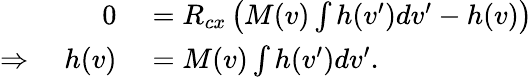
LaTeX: \begin{array}{rl}{0}&{{}=R_{cx}\left(M(v)\int h(v^{\prime})dv^{\prime}-h(v)\right)}\\ {\Rightarrow\quad h(v)}&{{}=M(v)\int h(v^{\prime})dv^{\prime}.}\end{array}